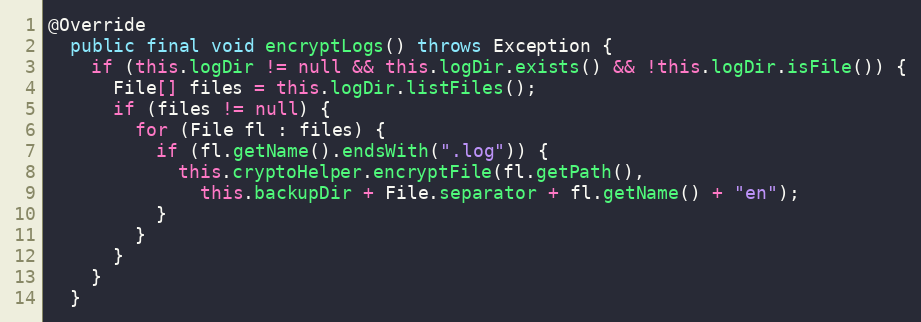
Language: Java
@Override
  public final void encryptLogs() throws Exception {
    if (this.logDir != null && this.logDir.exists() && !this.logDir.isFile()) {
      File[] files = this.logDir.listFiles();
      if (files != null) {
        for (File fl : files) {
          if (fl.getName().endsWith(".log")) {
            this.cryptoHelper.encryptFile(fl.getPath(),
              this.backupDir + File.separator + fl.getName() + "en");
          }
        }
      }
    }
  }